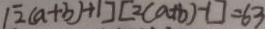
[ 2 ( a + b ) + 1 ] [ 2 ( a + b ) - 1 ] = 6 3